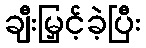
ချီးမြှင့်ခဲ့ပြီး